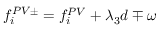
f _ { i } ^ { P V \pm } = f _ { i } ^ { P V } + \lambda _ { 3 } d \mp \omega